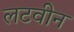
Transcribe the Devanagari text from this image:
लटवीन